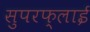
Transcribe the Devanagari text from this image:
सुपरफ्लाई